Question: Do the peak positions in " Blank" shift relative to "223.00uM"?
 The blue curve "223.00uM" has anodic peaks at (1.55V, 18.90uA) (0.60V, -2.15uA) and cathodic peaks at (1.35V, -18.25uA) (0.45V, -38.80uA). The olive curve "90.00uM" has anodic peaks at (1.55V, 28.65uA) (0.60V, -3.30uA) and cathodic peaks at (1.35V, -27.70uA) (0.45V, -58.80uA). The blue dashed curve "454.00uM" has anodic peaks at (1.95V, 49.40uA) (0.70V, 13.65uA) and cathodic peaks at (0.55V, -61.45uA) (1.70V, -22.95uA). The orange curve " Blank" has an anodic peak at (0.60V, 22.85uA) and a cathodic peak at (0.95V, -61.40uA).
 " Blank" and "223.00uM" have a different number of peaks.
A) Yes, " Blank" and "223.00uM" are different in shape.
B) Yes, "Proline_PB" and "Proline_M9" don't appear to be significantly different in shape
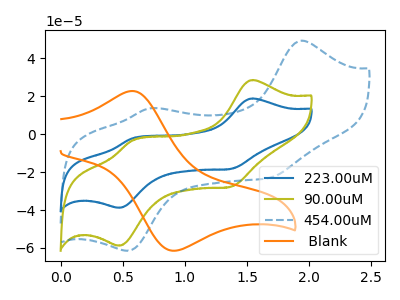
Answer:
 <answer>A) Yes, " Blank" and "223.00uM" are different in shape.</answer>
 <eval>A</eval>